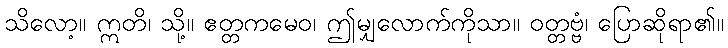
သိလော့။ ဣတိ၊ သို့။ ဧတ္တကမေဝ၊ ဤမျှလောက်ကိုသာ။ ဝတ္တဗ္ဗံ၊ ပြောဆိုရာ၏။